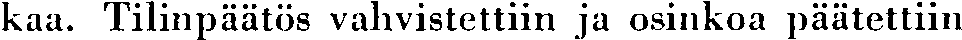
kaa. Tilinpäätös vahvistettiin ja osinkoa päätettiin